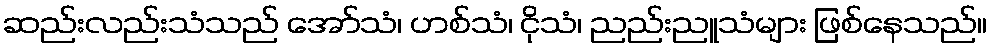
ဆည်းလည်းသံသည် အော်သံ၊ ဟစ်သံ၊ ငိုသံ၊ ညည်းညူသံများ ဖြစ်နေသည်။